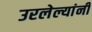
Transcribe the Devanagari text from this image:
उरलेल्यांनी